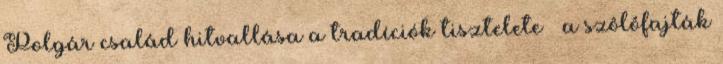
Polgár család hitvallása a tradíciók tisztelete – a szôlôfajták